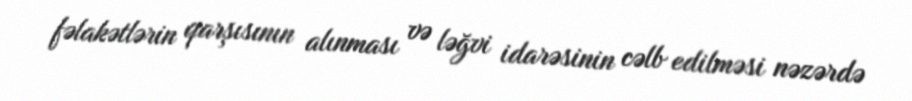
fəlakətlərin qarşısının alınması və ləğvi idarəsinin cəlb edilməsi nəzərdə